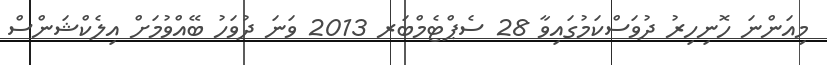
މިއަންނަ ހޮނިހިރު ދުވަސްކަމުގައިވާ 28 ސެޕްޓެމްބަރ 2013 ވަނަ ދުވަހު ބޭއްވުމަށް އިލެކްޝަންސް